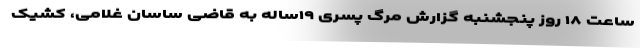
ساعت ۱۸ روز پنجشنبه گزارش مرگ پسری ۱۹ساله به قاضی ساسان غلامی، کشیک